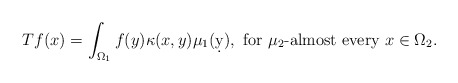
\begin{align*} Tf(x)= \int_{\Omega_1} f(y) \kappa( x,y) \mu_1 (\d y),\mbox{ for $\mu_2$-almost every $x\in \Omega_2$.} \end{align*}